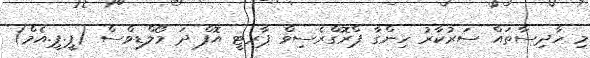
މި ހާދިސާތައް ސަރުކާރު ހިންގާާ ޕްރޮގްރެސިވް ޕާރޓީ އޮފް ދަ މޯލްޑިވްސް (ޕީ.ޕީ.އެމް)